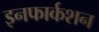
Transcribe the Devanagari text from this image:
इनफार्कशन